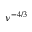
\nu ^ { - 4 / 3 }